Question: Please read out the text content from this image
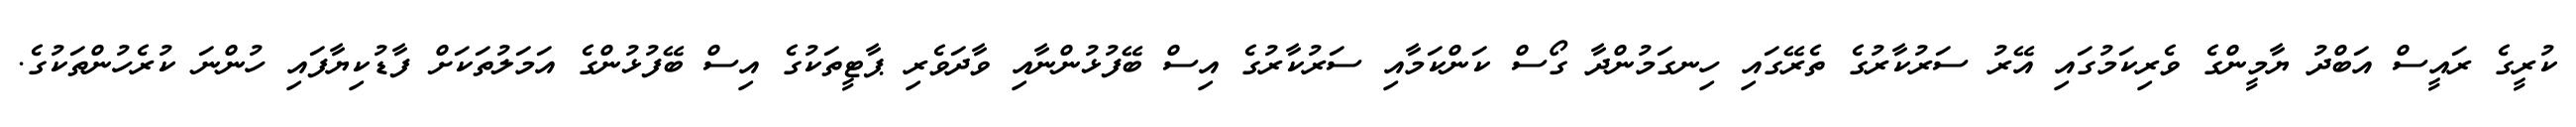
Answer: ކުރީގެ ރައީސް އަބްދު ޔާމީންގެ ވެރިކަމުގައި އޭރު ސަރުކާރުގެ ތެރޭގައި ހިނގަމުންދާ ގޯސް ކަންކަމާއި ސަރުކާރުގެ އިސް ބޭފުޅުންނާއި ވާދަވެރި ޕާޓީތަކުގެ އިސް ބޭފުޅުންގެ އަމަލުތަކަށް ފާޑުކިޔާފައި ހުންނަ ކުރެހުންތަކުގެ.